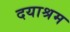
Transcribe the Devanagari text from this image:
दयाश्रम